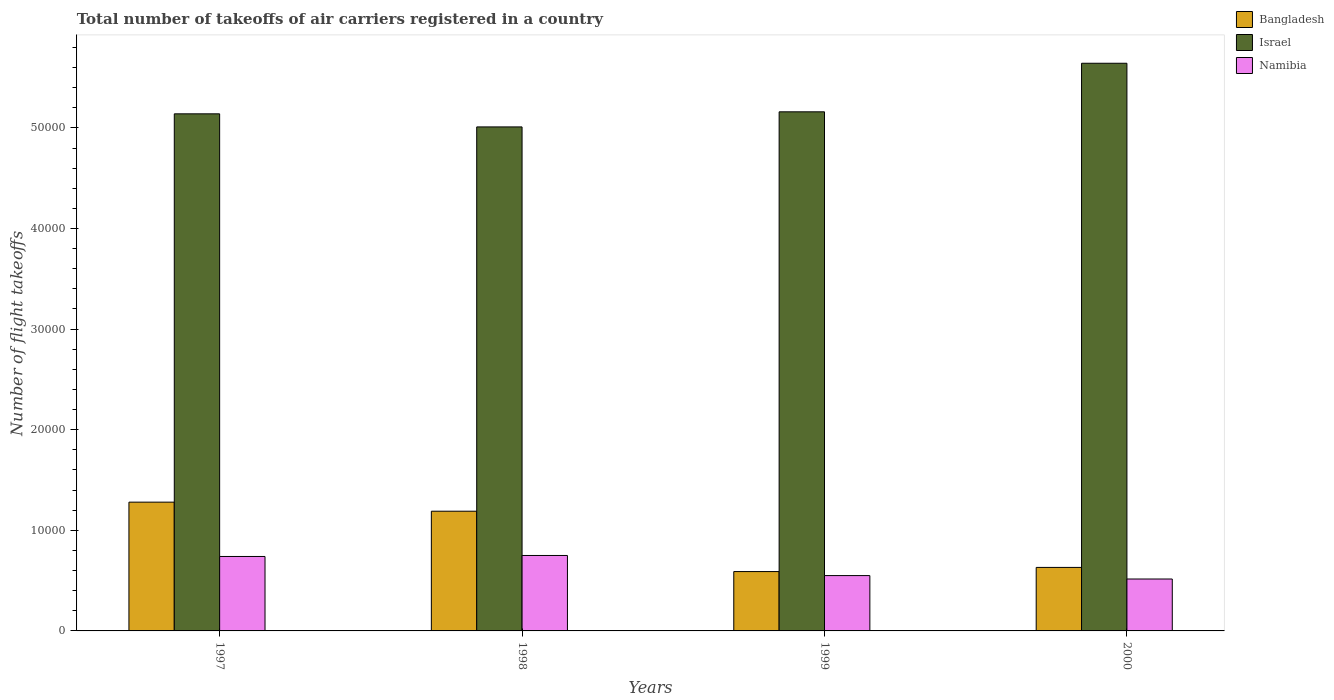
| Years | Bangladesh | Israel | Namibia |
 | --- | --- | --- | --- |
 | 1997 | 1.28e+04 | 5.14e+04 | 7.4e+03 |
 | 1998 | 1.19e+04 | 5.01e+04 | 7.5e+03 |
 | 1999 | 5.9e+03 | 5.16e+04 | 5.5e+03 |
 | 2000 | 6.31e+03 | 5.64e+04 | 5.16e+03 |